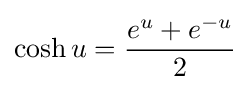
\cosh u={\frac {e^{u}+e^{-u}}{2}}